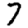
Digit: 7